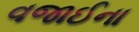
વજાઈના